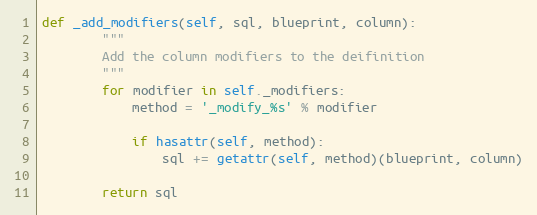
Language: Python
def _add_modifiers(self, sql, blueprint, column):
        """
        Add the column modifiers to the deifinition
        """
        for modifier in self._modifiers:
            method = '_modify_%s' % modifier

            if hasattr(self, method):
                sql += getattr(self, method)(blueprint, column)

        return sql